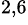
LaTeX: ^{2,6}